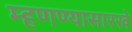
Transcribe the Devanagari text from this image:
म्हणण्यासारखे